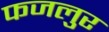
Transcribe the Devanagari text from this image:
फजलुर